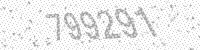
Solution: 799291